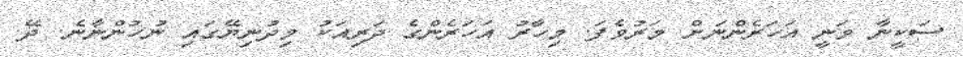
ސަކީނާ ވަނީ އަހަރެންނަށް މަރުވެފަ. މިހާރު އަހަރެންގެ ދަރިއަކު މިދުނިޔޭގައި ނުހުންނާނެ. ދޭ